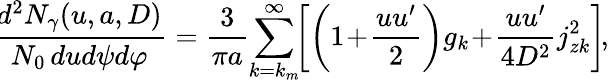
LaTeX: \! \! \frac{d^{2}N_{\gamma}(u,a,D)}{N_{0}\, dud\psi d\varphi}=\frac{3}{\pi a}\! \sum_{k=k_{m}}^{\infty}\! \! \left[\left(1\! +\! \frac{uu^{\prime}}{2}\right)g_{k}\! +\! \frac{uu^{\prime}}{4D^{2}}j_{zk}^{2}\right]\! ,